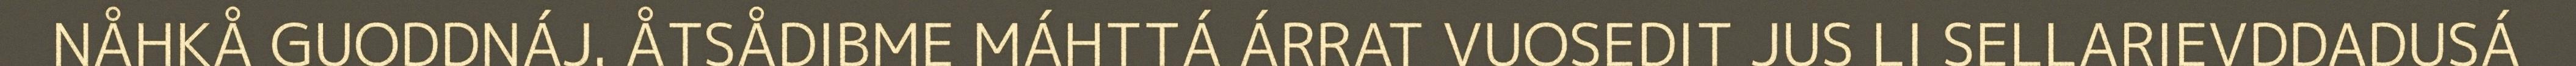
NÅHKÅ GUODDNÁJ. ÅTSÅDIBME MÁHTTÁ ÁRRAT VUOSEDIT JUS LI SELLARIEVDDADUSÁ